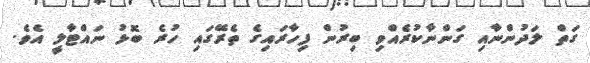
ގަތް ލަދުންނާއި ގަންނާކުރެއްވި ބިރުން ފިހާރައިގެ ތެރޭގައި ހުރެ ބޮޅު ނައްޓާލީ އެެވެ.